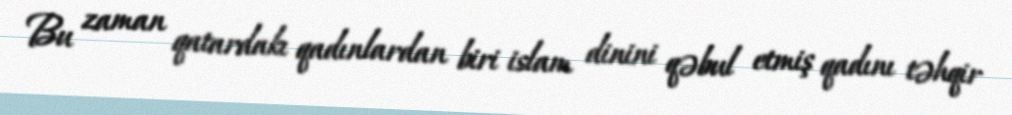
Bu zaman qatardakı qadınlardan biri islam dinini qəbul etmiş qadını təhqir